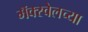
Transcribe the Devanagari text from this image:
मॅक्स्वेलच्या